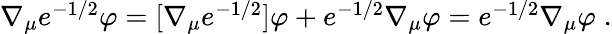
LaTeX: \begin{array}{r}{\nabla_{\mu}e^{-1/2}\varphi=[\nabla_{\mu}e^{-1/2}]\varphi+e^{-1/2}\nabla_{\mu}\varphi=e^{-1/2}\nabla_{\mu}\varphi\; .}\end{array}